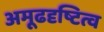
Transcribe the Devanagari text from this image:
अमूढदृष्टित्व